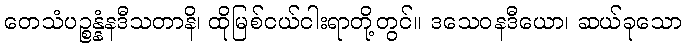
တေသံပဉ္စန္နံနဒီသတာနိ၊ ထိုမြစ်ငယ်ငါးရာတို့တွင်။ ဒသေဝနဒီယော၊ ဆယ်ခုသော